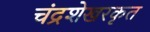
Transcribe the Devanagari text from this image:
चंद्रशेखरकृत